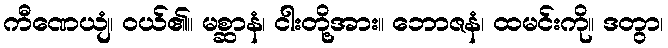
ကီဏေယျံ၊ ဝယ်၏။ မစ္ဆာနံ၊ ငါးတို့အား။ ဘောဇနံ၊ ထမင်းကို။ ဒတွာ၊